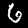
Label: 6